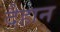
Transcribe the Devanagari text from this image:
दैहान